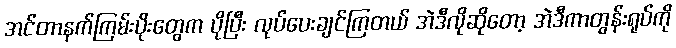
အင်တာနက်ကြမ်းပိုးတွေက ပိုပြီး လုပ်ပေးချင်ကြတယ် အဲဒီလိုဆိုတော့ အဲဒီကာတွန်းရုပ်ကို